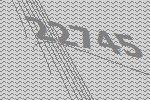
22745